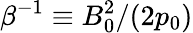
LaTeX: \beta^{-1}\equiv B_{0}^{2}/(2p_{0})